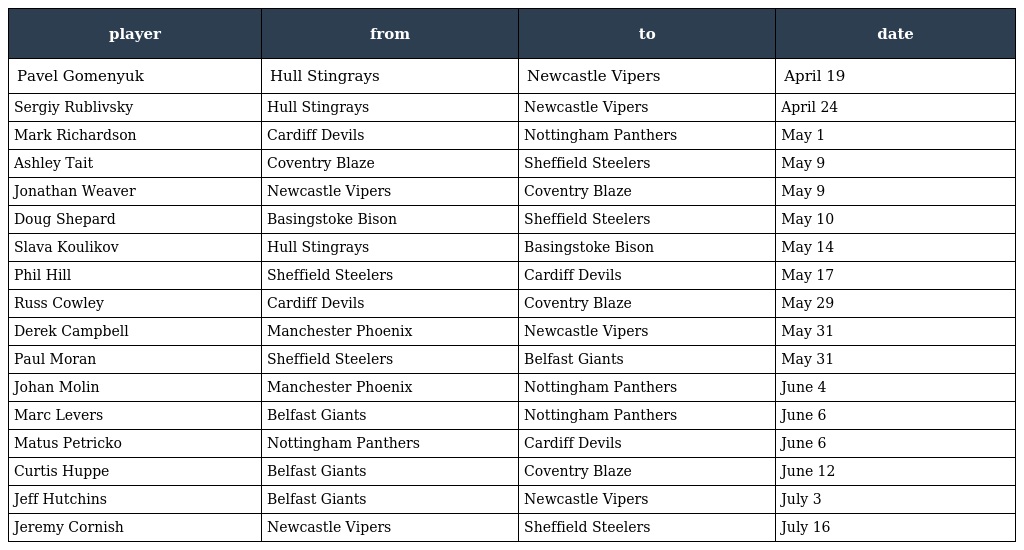
| player | from | to | date |
 | --- | --- | --- | --- |
 | Pavel Gomenyuk | Hull Stingrays | Newcastle Vipers | April 19 |
 | Sergiy Rublivsky | Hull Stingrays | Newcastle Vipers | April 24 |
 | Mark Richardson | Cardiff Devils | Nottingham Panthers | May 1 |
 | Ashley Tait | Coventry Blaze | Sheffield Steelers | May 9 |
 | Jonathan Weaver | Newcastle Vipers | Coventry Blaze | May 9 |
 | Doug Shepard | Basingstoke Bison | Sheffield Steelers | May 10 |
 | Slava Koulikov | Hull Stingrays | Basingstoke Bison | May 14 |
 | Phil Hill | Sheffield Steelers | Cardiff Devils | May 17 |
 | Russ Cowley | Cardiff Devils | Coventry Blaze | May 29 |
 | Derek Campbell | Manchester Phoenix | Newcastle Vipers | May 31 |
 | Paul Moran | Sheffield Steelers | Belfast Giants | May 31 |
 | Johan Molin | Manchester Phoenix | Nottingham Panthers | June 4 |
 | Marc Levers | Belfast Giants | Nottingham Panthers | June 6 |
 | Matus Petricko | Nottingham Panthers | Cardiff Devils | June 6 |
 | Curtis Huppe | Belfast Giants | Coventry Blaze | June 12 |
 | Jeff Hutchins | Belfast Giants | Newcastle Vipers | July 3 |
 | Jeremy Cornish | Newcastle Vipers | Sheffield Steelers | July 16 |